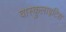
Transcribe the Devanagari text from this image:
वास्कुलाइटिस